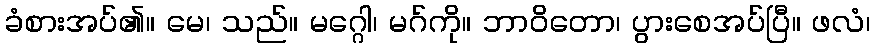
ခံစားအပ်၏။ မေ၊ သည်။ မဂ္ဂေါ၊ မဂ်ကို။ ဘာဝိတော၊ ပွားစေအပ်ပြီ။ ဖလံ၊